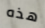
هذه